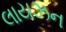
લાયઝન